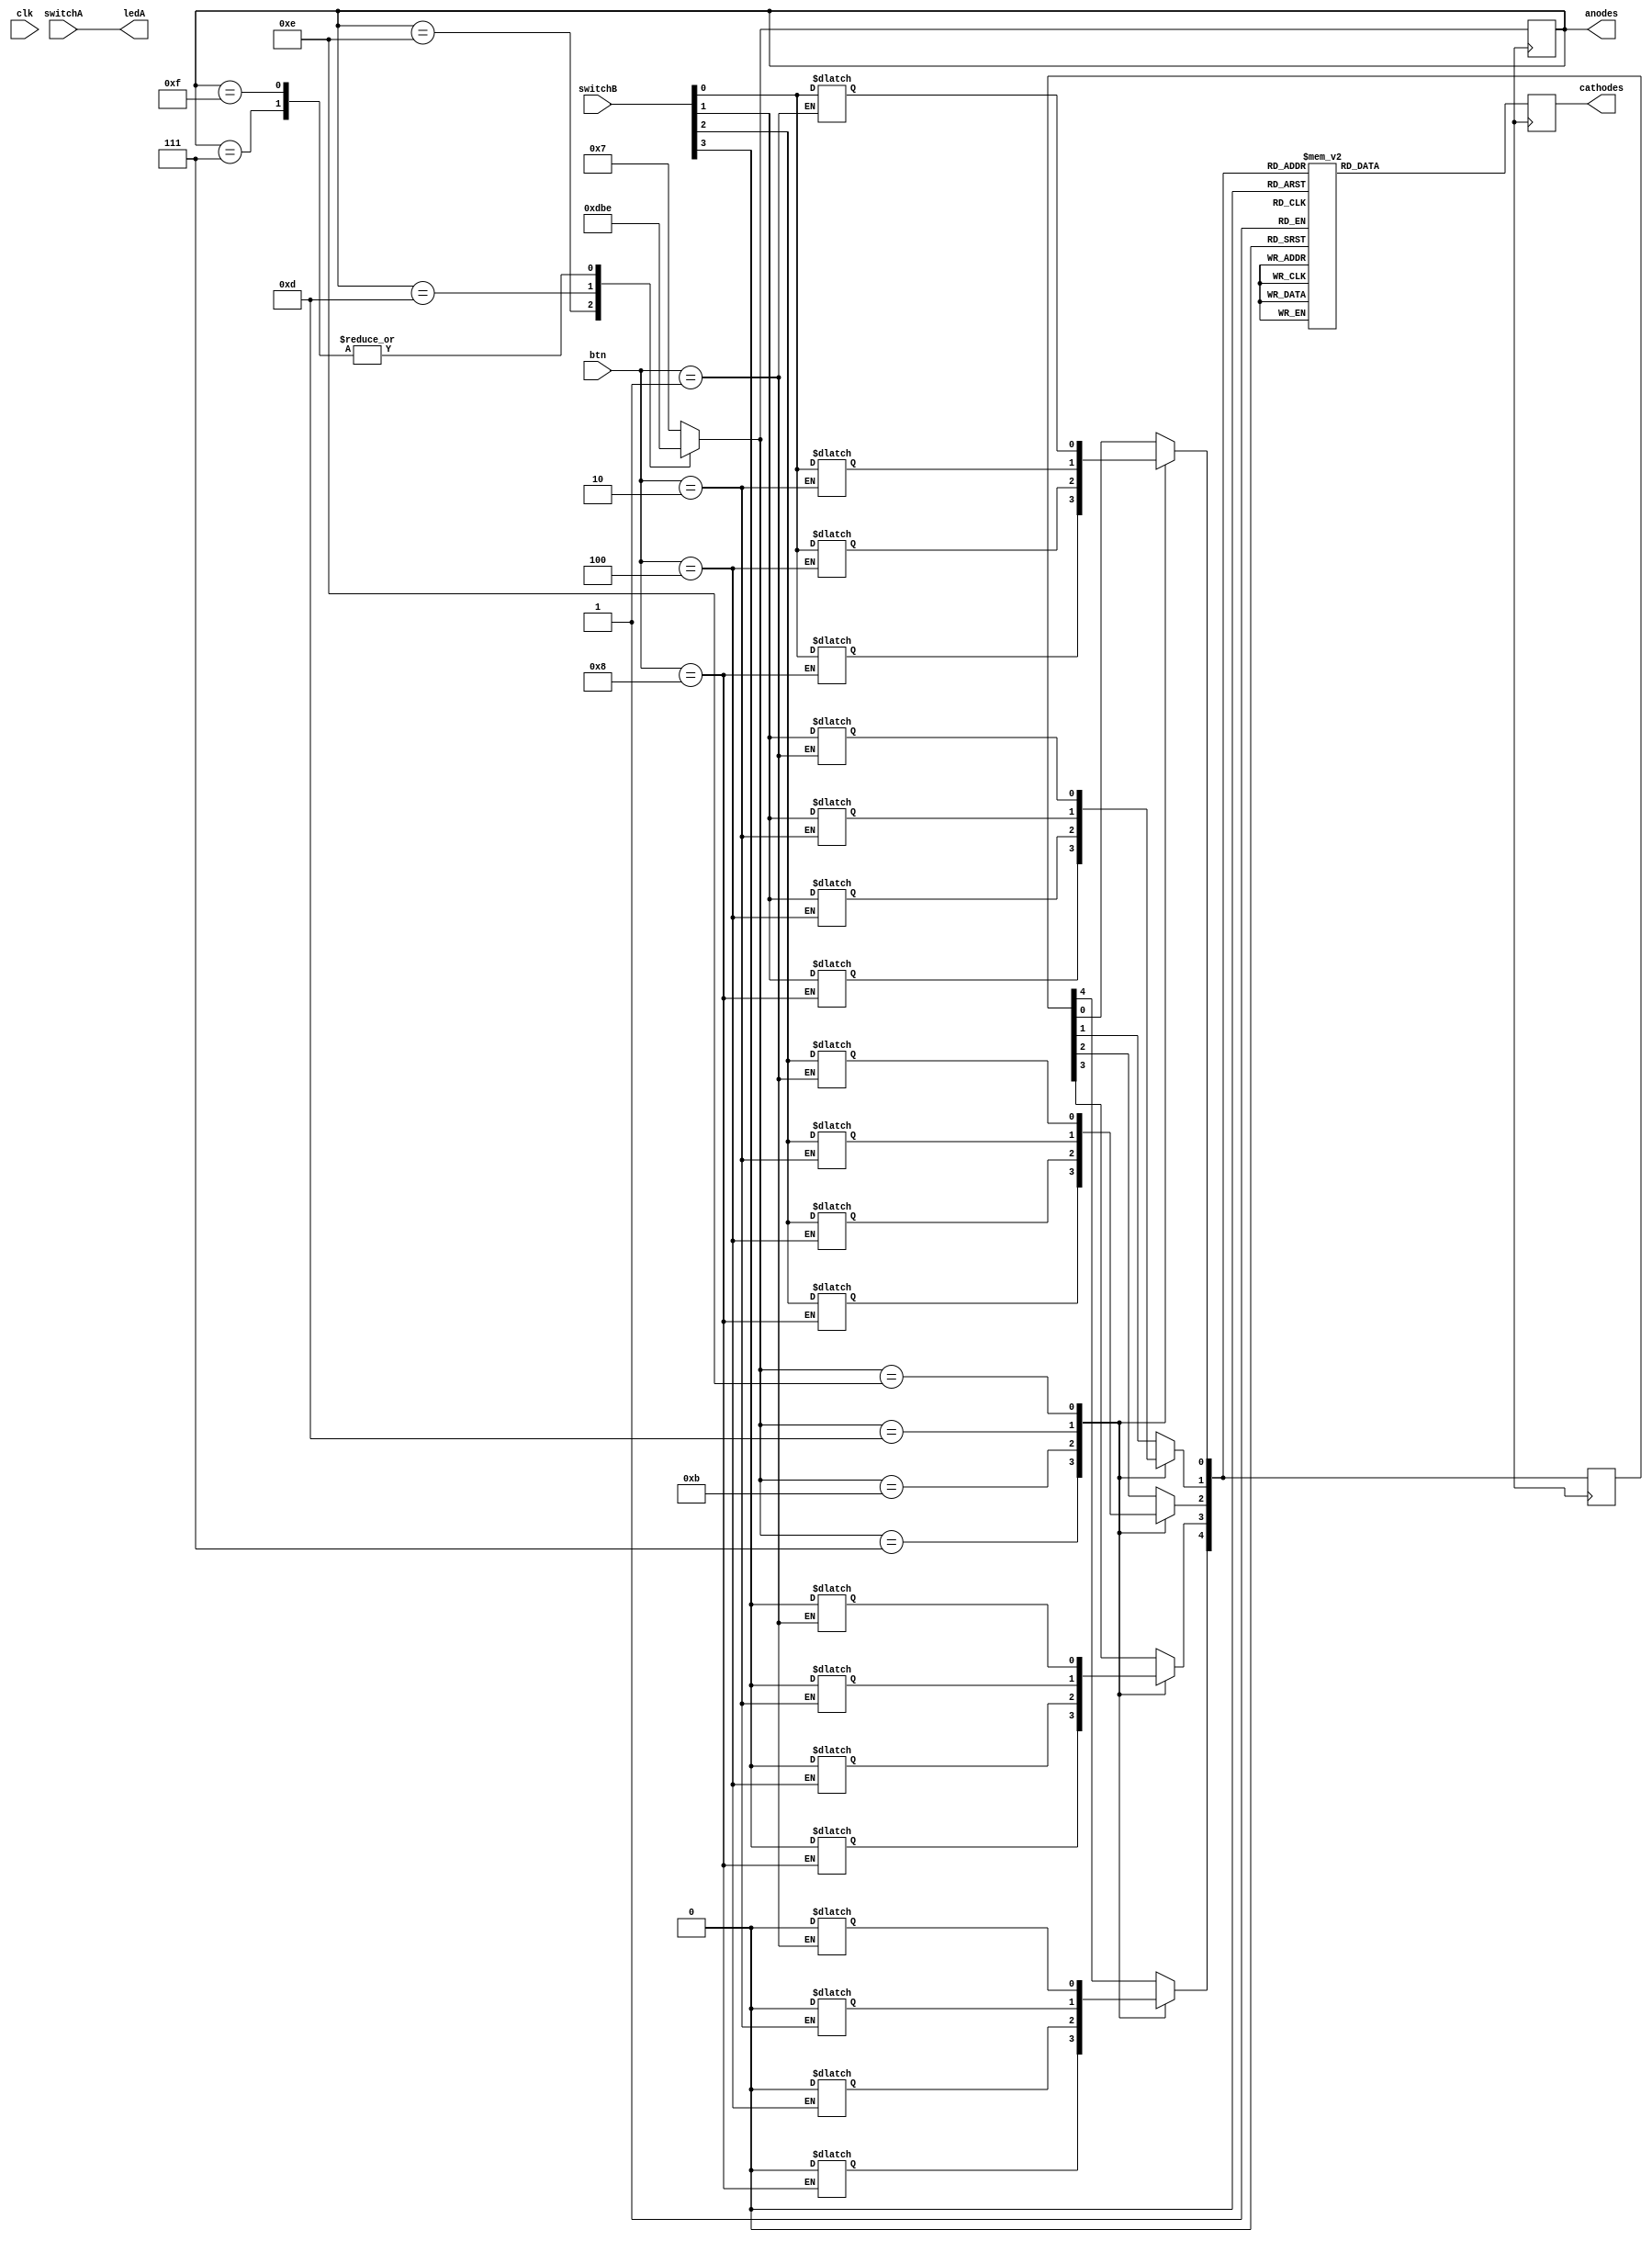
`timescale 1ns / 1ps
//////////////////////////////////////////////////////////////////////////////////
// Company: 
// 
// Design Name: 
// Module Name:    project1 
// Project Name: 
// Target Devices: 
// Tool versions: 
// Description: 
//
// Dependencies: 
//
// Revision: 
// Revision 0.01 - File Created
// Additional Comments: 
//
//////////////////////////////////////////////////////////////////////////////////
module project1(clk, cathodes, anodes, switchA, ledA, btn, switchB);

	input [3:0] btn; // buttons 3-0
	input clk;
	input [3:0] switchA; // switches 3-0 for LEDs
	input [3:0] switchB; // switches 7-4 for display
	output [7:0] cathodes;
	output [3:0] anodes;
	output [3:0] ledA;  // leds for switches 3-0
	reg [7:0] cathodes;
	reg [3:0] anodes;
	reg [4:0] dig; // change to cstate?
	reg [3:0] ledA; //reg for leds for switches 3-0
	reg [3:0] display; // for switches and display
	reg slow_clock;
	integer count;
	reg [4:0] cstate3; // current 4 bit value assigned to button 3
	reg [4:0] cstate2;
	reg [4:0] cstate1;
	reg [4:0] cstate0;
	
always @(posedge clk)
	create_slow_clock(clk, slow_clock);

		
always @(posedge slow_clock)
	begin
		case (anodes)	// looks at which display currently enabled, assigns enable to next display
			4'b 1110: anodes=4'b 1101; // 0 enabled, send to 1
			4'b 1101: anodes=4'b 1011;	// 1 enabled, send to 2
			4'b 1011: anodes=4'b 0111;	// 2 enabled, send to 3
			4'b 0111: anodes=4'b 1110;	// 3 enabled, send to 0
			4'b 1111: anodes=4'b 1110;	// none enabled, send to 0
			default: anodes=1111;	// default none enabled
		endcase
		case (anodes)	// what each segment should display when it's enabled
			4'b 0111: 	begin
								dig[4] = cstate3[4];	// used for enable after 1st press
								dig[3] = cstate3[3];	//	sec 3 enabled, far left  (should be cstate3)
								dig[2] = cstate3[2];
								dig[1] = cstate3[1];
								dig[0] = cstate3[0];
							end
			4'b 1011: 	begin
								dig[4] = cstate2[4];
								dig[3] = cstate2[3];	// seg 2 enabled so displays from calc_cathode_value with dig=1 passed in
								dig[2] = cstate2[2];
								dig[1] = cstate2[1];
								dig[0] = cstate2[0];
							end
			4'b 1101: 	begin
								dig[4] = cstate1[4];
								dig[3] = cstate1[3];	// seg 1 engabled  (should display cstate1)
								dig[2] = cstate1[2];
								dig[1] = cstate1[1];
								dig[0] = cstate1[0];
							end
			4'b 1110: 	begin
								dig[4] = cstate0[4];
								dig[3] = cstate0[3];	// seg 0 engabled (should display cstate0)
								dig[2] = cstate0[2];
								dig[1] = cstate0[1];
								dig[0] = cstate0[0];
							end
		endcase
		cathodes=calc_cathode_value(dig);	// assigns values to cathodes to output from task
	end
	
always @(btn)
	case (btn) // determine which button pressed and which cstate to update with switch info
		4'b 1000: 	begin
							cstate3[4] = 1'b 0;		// enable display 3
							cstate3[3] = switchB[3];// button 3 pressed, update cstate3 with value from switchs
							cstate3[2] = switchB[2];
							cstate3[1] = switchB[1];
							cstate3[0] = switchB[0];
						end
		4'b 0100:	begin 
							cstate2[4] = 1'b 0;
							cstate2[3] = switchB[3];	// button 2 pressed, update w/ value from switches
							cstate2[2] = switchB[2];
							cstate2[1] = switchB[1];
							cstate2[0] = switchB[0];
						end
		4'b 0010: 	begin
							cstate1[4] = 1'b 0;
							cstate1[3] = switchB[3];	// button 1
							cstate1[2] = switchB[2];
							cstate1[1] = switchB[1];
							cstate1[0] = switchB[0];
						end
		4'b 0001: 	begin
							cstate0[4] = 1'b 0;
							cstate0[3] = switchB[3];	// button 0
							cstate0[2] = switchB[2];
							cstate0[1] = switchB[1];
							cstate0[0] = switchB[0];
						end
	endcase
			
		
	function [7:0] calc_cathode_value;
		input [4:0] dig;	// input position of switches 7-4 as 4 binary bits plus enable bit
		begin
			case (dig)	
			5'b00000: calc_cathode_value = 8'b 11000000; // 1st bit for decimal, output 0 to cathodes 
			5'b00001: calc_cathode_value = 8'b 11111001;	// 1
			5'b00010: calc_cathode_value = 8'b 10100100;	// 2
			5'b00011: calc_cathode_value = 8'b 10110000;
			5'b00100: calc_cathode_value = 8'b 10011001;
			5'b00101: calc_cathode_value = 8'b 10010010;
			5'b00110: calc_cathode_value = 8'b 10000010;
			5'b00111: calc_cathode_value = 8'b 11111000;
			5'b01000: calc_cathode_value = 8'b 10000000;
			5'b01001: calc_cathode_value = 8'b 10010000;
			5'b01010: calc_cathode_value = 8'b 10001000;
			5'b01011: calc_cathode_value = 8'b 10000011;
			5'b01100: calc_cathode_value = 8'b 11000110;
			5'b01101: calc_cathode_value = 8'b 10100001;
			5'b01110: calc_cathode_value = 8'b 10000110;
			5'b01111: calc_cathode_value = 8'b 10001110;
			
			5'b10000: calc_cathode_value = 8'b 11111111; // display off when 1st bit of display is 1
			5'b10001: calc_cathode_value = 8'b 11111111;
			5'b10010: calc_cathode_value = 8'b 11111111;
			5'b10011: calc_cathode_value = 8'b 11111111;
			5'b10100: calc_cathode_value = 8'b 11111111;
			5'b10101: calc_cathode_value = 8'b 11111111;
			5'b10110: calc_cathode_value = 8'b 11111111;
			5'b10111: calc_cathode_value = 8'b 11111111;
			5'b11000: calc_cathode_value = 8'b 11111111;
			5'b11001: calc_cathode_value = 8'b 11111111;
			5'b11010: calc_cathode_value = 8'b 11111111;
			5'b11011: calc_cathode_value = 8'b 11111111;
			5'b11100: calc_cathode_value = 8'b 11111111;
			5'b11101: calc_cathode_value = 8'b 11111111;
			5'b11110: calc_cathode_value = 8'b 11111111;
			5'b11111: calc_cathode_value = 8'b 11111111;
			endcase
		end
	endfunction
	
task create_slow_clock;
	
	input clock;
	inout slow_clock;
	integer count;
	
		begin
			if (count > 100000)
			begin
				count = 0;
				slow_clock = ~slow_clock;
			end
			count = count + 1;
		end
endtask

always @(switchA) 	// control LEDs
	begin
		ledA[0]=switchA[0];
		ledA[1]=switchA[1];
		ledA[2]=switchA[2];
		ledA[3]=switchA[3];
	end
	
initial			// initialize with all displays off until corresponding button pressed
		begin
			cstate3 = 5'b 11111;
			cstate2 = 5'b 11111;
			cstate1 = 5'b 11111;
			cstate0 = 5'b 11111;
		end
		
endmodule